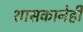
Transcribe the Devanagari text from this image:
शासकानेही